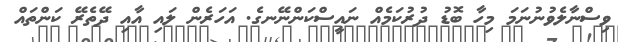
ވިސްނާލެވުނުނަމަ މިހާ ބޮޑު ދުރުކަމެއް ނައީސްކަންނޭނގެ. އަހަރެން ލައި އާއި ދޭތެރޭ ކަންތައް